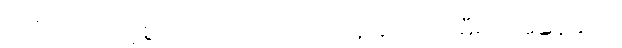
ထိုစကားသင့်စွ။ ဧတံ၊ ထိုသုရာကို။ နိဿာယ၊ မှီ၍။ အနေကေ၊